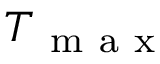
T _ { \mathrm { ~ m ~ a ~ x ~ } }